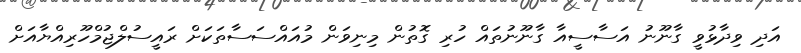
އަދި ވިދާޅުވީ ގާނޫނު އަސާސީއާ ގާނޫނުތައް ހުރި ގޮތުން މިނިވަން މުއައްސަސާތަކަށް ރައީސުލްޖުމްހޫރިއްޔާއަށް